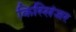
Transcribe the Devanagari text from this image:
किस्सिंजर